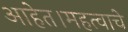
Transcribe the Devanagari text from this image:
आहेत।महत्वाचे